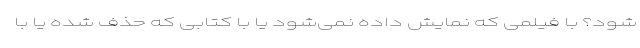
شود؟ با فیلمی که نمایش داده نمی‌شود یا با کتابی که حذف شده یا با